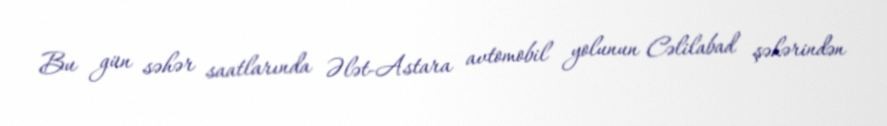
Bu gün səhər saatlarında Ələt-Astara avtomobil yolunun Cəlilabad şəhərindən